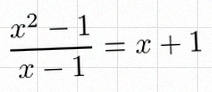
\frac{x^2-1}{x-1}=x+1